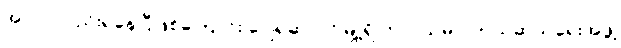
အလုပ်လည်းရနေပြီဖြစ်ကြောင်း ဂျေရုဆလင်မြို့ရှိ ကုလသမဂ္ဂ ကယ်ဆယ်ရေးအဖွဲ့